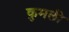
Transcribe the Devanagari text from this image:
कुमली